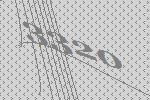
3320